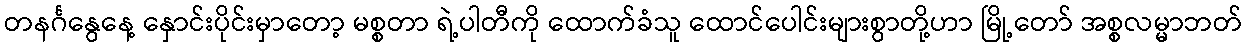
တနင်္ဂနွေနေ့ နှောင်းပိုင်းမှာတော့ မစ္စတာ ရဲ့ပါတီကို ထောက်ခံသူ ထောင်ပေါင်းများစွာတို့ဟာ မြို့တော် အစ္စလမ္မာဘတ်